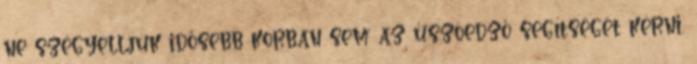
ne szégyelljük idősebb korban sem az úszóedző segítségét kérni.